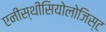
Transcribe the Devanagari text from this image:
एनीस्थीसियोलोजिस्ट